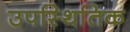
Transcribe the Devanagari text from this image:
उपस्थितिक